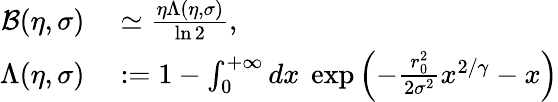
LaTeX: \begin{array}{rl}{\mathcal{B}(\eta,\sigma)}&{{}\simeq\frac{\eta\Lambda(\eta,\sigma)}{\ln 2},}\\ {\Lambda(\eta,\sigma)}&{{}:=1-\int_{0}^{+\infty}dx~\exp\left(-\frac{r_{0}^{2}}{2\sigma^{2}}x^{2/\gamma}-x\right)}\end{array}